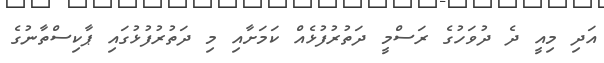
އަދި މިއީ ދެ ދުވަހުގެ ރަސްމީ ދަތުރުފުޅެއް ކަމަށާއި މި ދަތުރުފުޅުގައި ޕާކިސްތާނުގެ